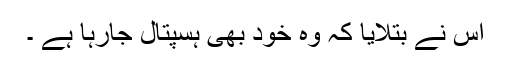
اس نے بتلایا کہ وہ خود بھی ہسپتال جارہا ہے ۔